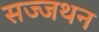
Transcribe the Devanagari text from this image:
सज्जथन